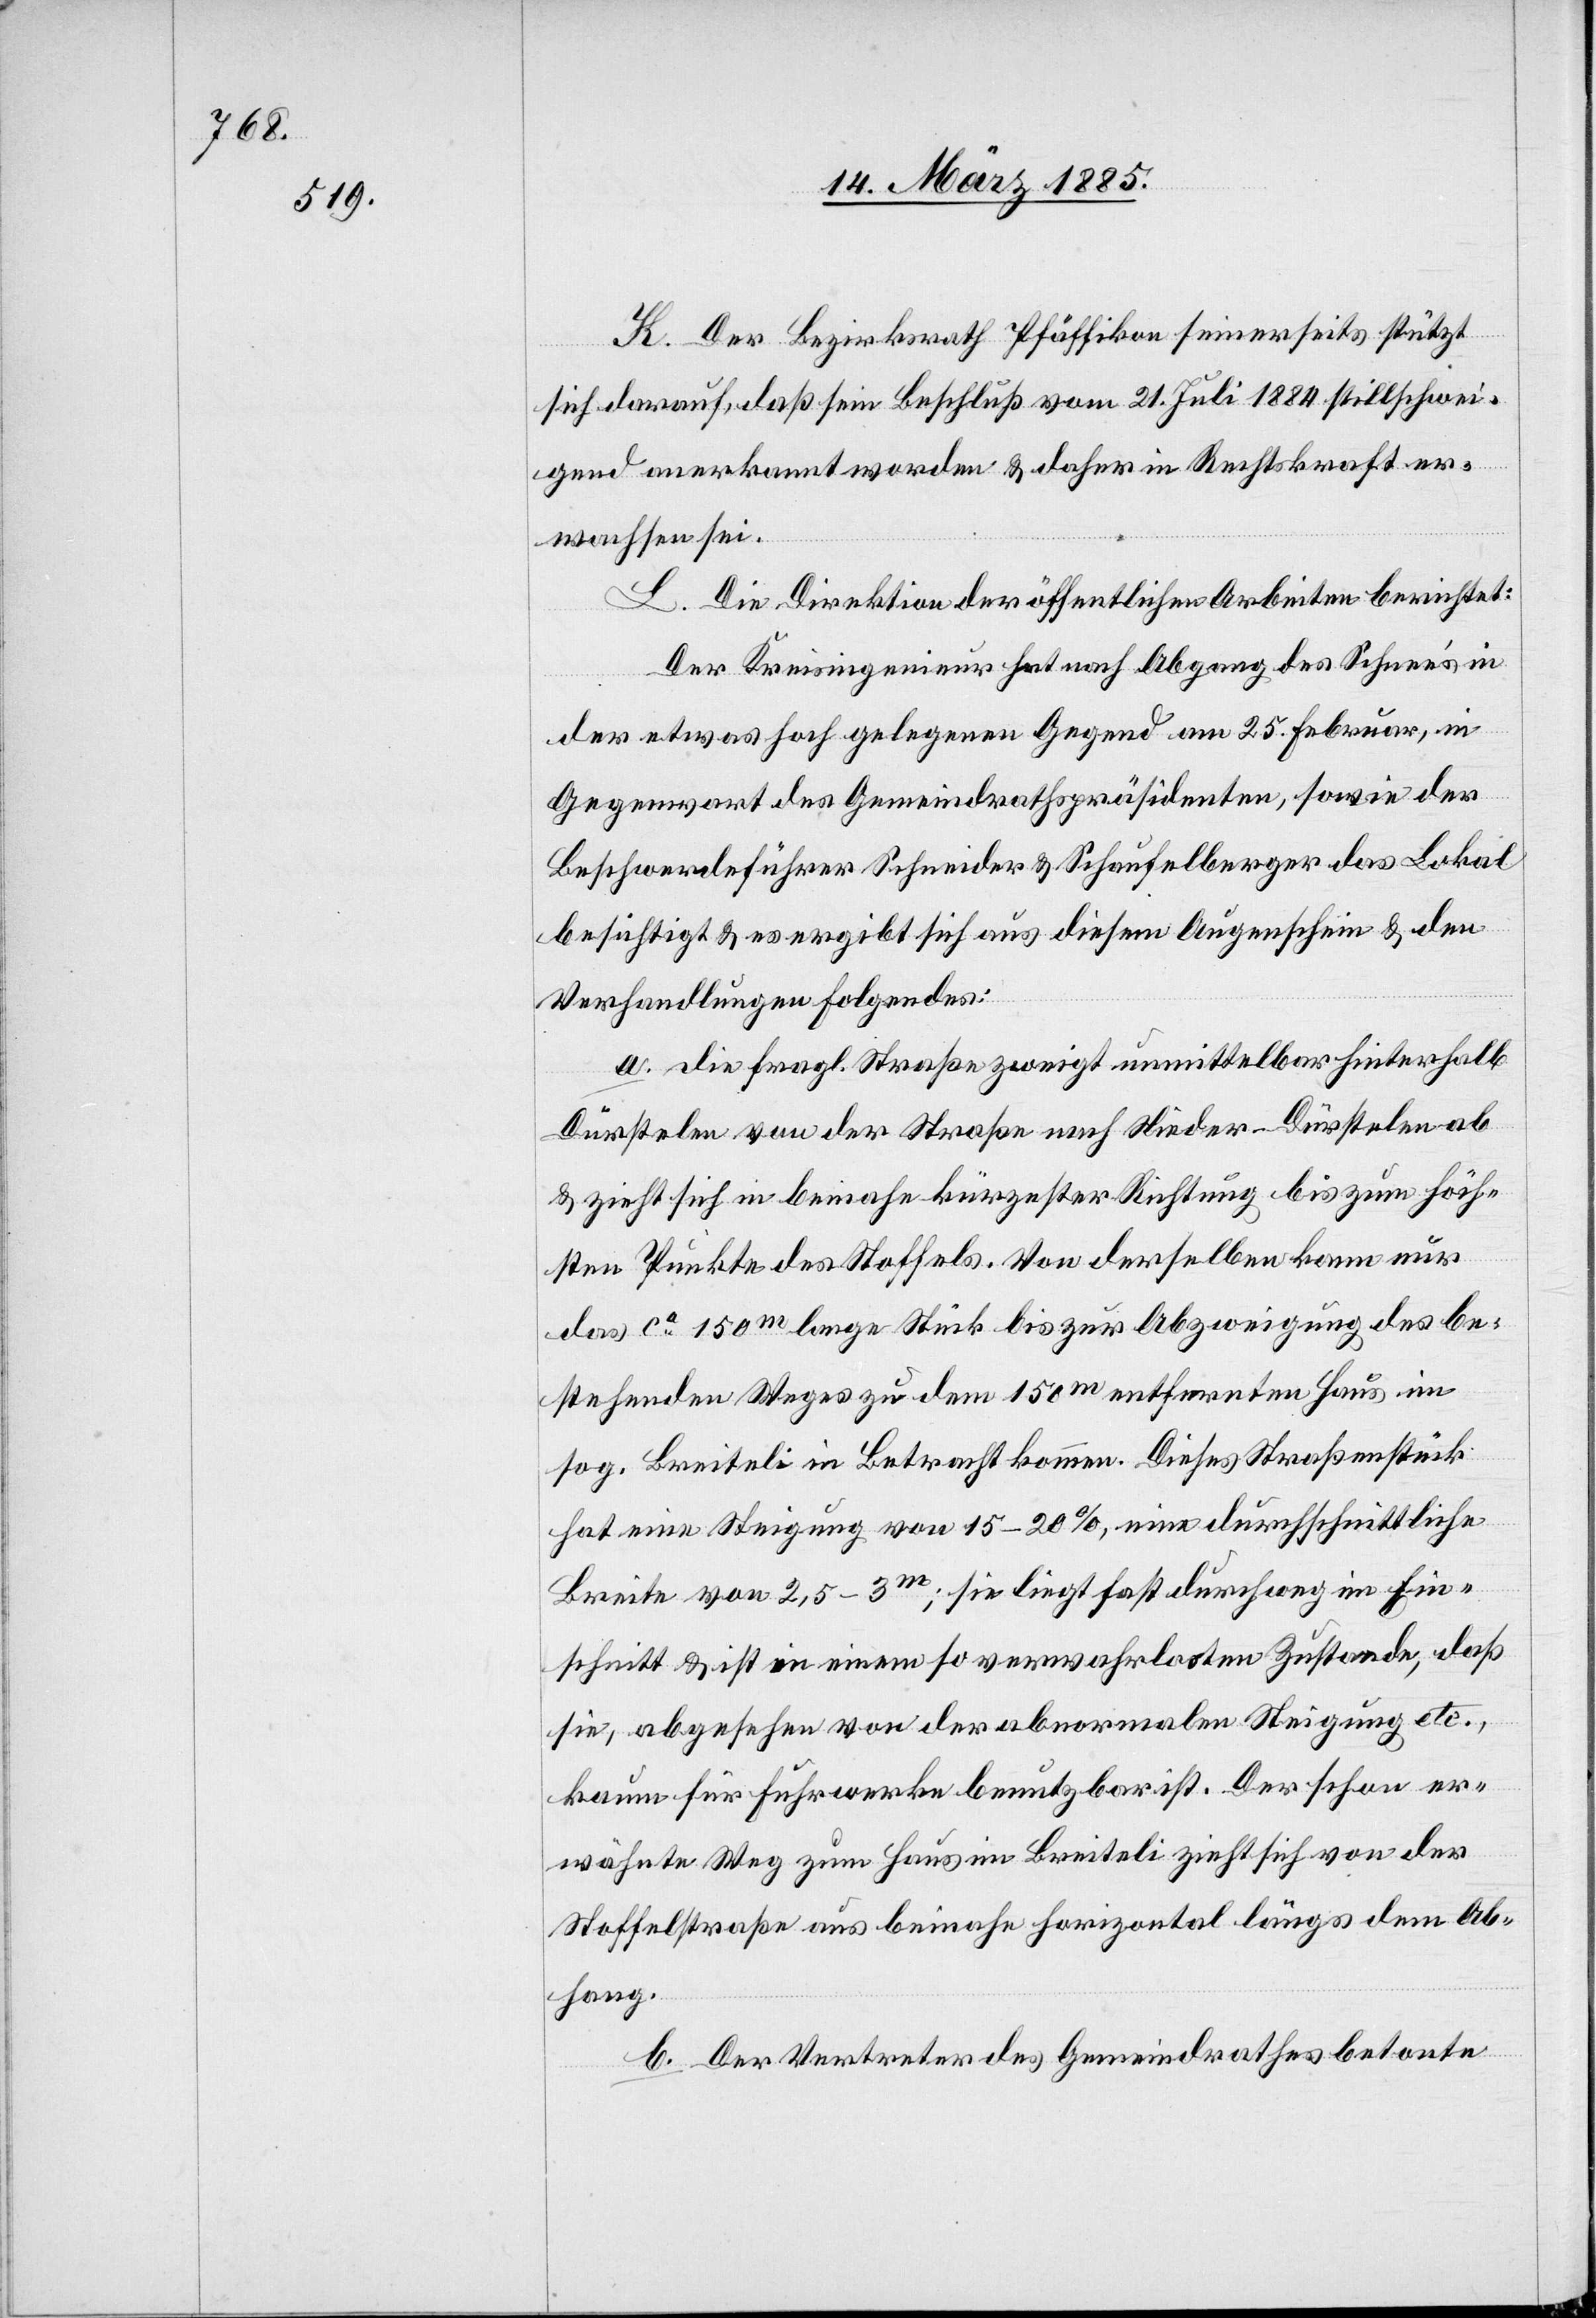
K. Der Bezirksrath Pfäffikon seinerseits stützt
sich darauf, daß sein Beschluß vom 21. Juli 1884 stillschwei¬
gend anerkannt worden & daher in Rechtskraft er¬
wachsen sei.
L. Die Direktion der öffentlichen Arbeiten berichtet:
Der Kreisingenieur hat nach Abgang des Schnee’s in
der etwas hoch gelegenen Gegend am 25. Februar, in
Gegenwart des Gemeindrathspräsidenten, sowie der
Beschwerdeführer Schneider & Schaufelberger das Lokal
besichtigt & es ergibt sich aus diesem Augenschein & den
Verhandlungen folgendes:
a. die fragl. Straße zweigt unmittelbar hinterhalb
Dürstelen von der Straße nach Nieder-Dürstelen ab
& zieht sich in beinahe kürzester Richtung bis zu höch¬
sten Punkte des Stoffels. Von derselben kann nur
das ca 150m lange Stück bis zur Abzweigung des be¬
stehenden Weges zu dem 150m entfernten Haus im
sog. Breiteli in Betracht kommen. Dieses Straßenstück
hat eine Steigung von 15–20%, eine durchschnittliche
Breite von 2,5–3m; sie liegt fast durchwegs in Ei¬
schnitt & ist in einem so verwahrlosten Zustande, daß
sie, abgesehen von der abnormalen Steigung etc.,
kaum für Fuhrwerke benutzbar ist. Der schon er¬
wähnte Weg zum Haus im Breiteli zieht sich von der
Stoffelstraße aus beinahe horizontal längs dem Ab¬
hang.
b. Der Vertreter des Gemeindrathes betonte